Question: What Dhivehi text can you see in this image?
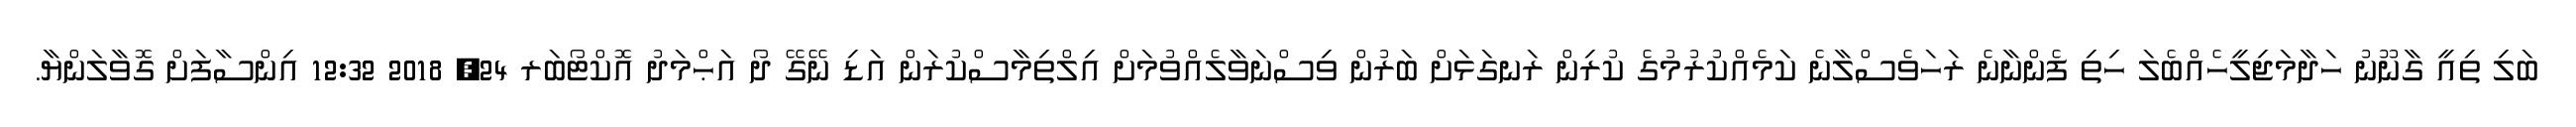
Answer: ބަލި ތިއީ ގާނޫނު ހަދާމަޖިލީހެއްބެލަ ހިތި ފެންނާނެ ރަހަވެސްލާނެ ކަމެއްކުރުމުގެ ކުރިން ރަނގަޅަށް ބަރުން ވިސްނަވާލެއްވުމަށް އިލްތިމާސްކުރަން އަޑި ނޭގޭ ދޯ އަޙްމަދު އޮކްޓޯބަރ 24, 2018 12:32 އިންސާފަށް ގޮވާލަންޔާ.